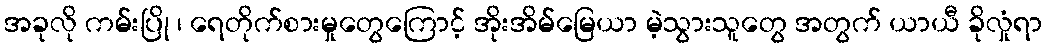
အခုလို ကမ်းပြို ၊ ရေတိုက်စားမှုတွေကြောင့် အိုးအိမ်မြေယာ မဲ့သွားသူတွေ အတွက် ယာယီ ခိုလှုံရာ